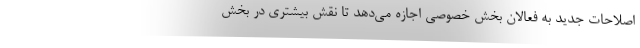
اصلاحات جدید به فعالان بخش خصوصی اجازه می‌دهد تا نقش بیشتری در بخش